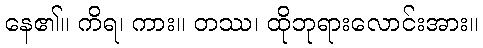
နေ၏။ ကိရ၊ ကား။ တဿ၊ ထိုဘုရားလောင်းအား။